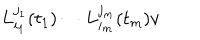
LaTeX: L _ { i _ { 1 } } ^ { j _ { 1 } } ( t _ { 1 } ) \cdots L _ { i _ { m } } ^ { j _ { m } } ( t _ { m } ) v